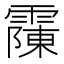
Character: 䨯